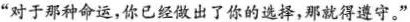
”对于那种命运，你已经做出了你的选择，那就得遵守。”